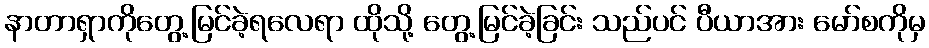
နာတာရှာကိုတွေ့မြင်ခဲ့ရလေရာ ထိုသို့ တွေ့မြင်ခဲ့ခြင်း သည်ပင် ပီယာအား မော်စကိုမှ